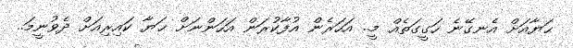
ޙަޔާއަށް އެނގޭނެ ހަގީގަތެއް މީ.. އަހަރެން އުފާކުރަން އަހަންނަށް ޙަޔާ ކައިރިއަށް ދެވުނީމަ..